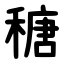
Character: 䅯